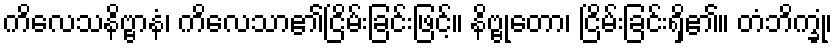
ကိလေသနိဗ္ဗာနံ၊ ကိလေသာ၏ငြိမ်းခြင်းဖြင့်။ နိဗ္ဗုတော၊ ငြိမ်းခြင်းရှိ၏။ တံဘိက္ခုံ၊